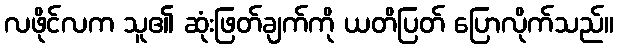
လဖိုင်လက သူ၏ ဆုံးဖြတ်ချက်ကို ယတိပြတ် ပြောလိုက်သည်။